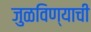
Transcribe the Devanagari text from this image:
जुळविण्याची